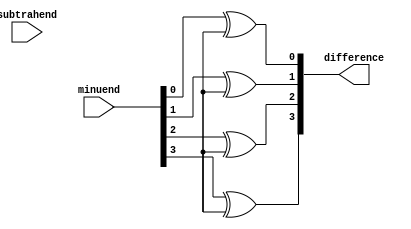
module Combinational_logic_blocks (
    input [3:0] minuend,
    input [3:0] subtrahend,
    output reg [3:0] difference
);

assign inversion = ~subtrahend;
assign borrow = 0;

always @(*) begin
    difference[0] = minuend[0] ^ inversion[0] ^ borrow;
    difference[1] = minuend[1] ^ inversion[1] ^ borrow;
    difference[2] = minuend[2] ^ inversion[2] ^ borrow;
    difference[3] = minuend[3] ^ inversion[3] ^ borrow;

    borrow = ~minuend[0] & inversion[0] | (minuend[0] ^ inversion[0]) & borrow;
    borrow = ~minuend[1] & inversion[1] | (minuend[1] ^ inversion[1]) & borrow;
    borrow = ~minuend[2] & inversion[2] | (minuend[2] ^ inversion[2]) & borrow;
    borrow = ~minuend[3] & inversion[3] | (minuend[3] ^ inversion[3]) & borrow;
end

endmodule